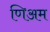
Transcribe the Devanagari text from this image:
णिअम